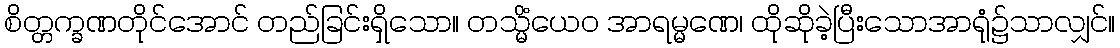
စိတ္တက္ခဏတိုင်အောင် တည်ခြင်းရှိသော။ တသ္မိံယေဝ အာရမ္မဏေ၊ ထိုဆိုခဲ့ပြီးသောအာရုံ၌သာလျှင်။